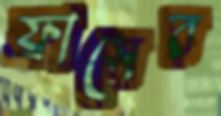
ফ্রাসের